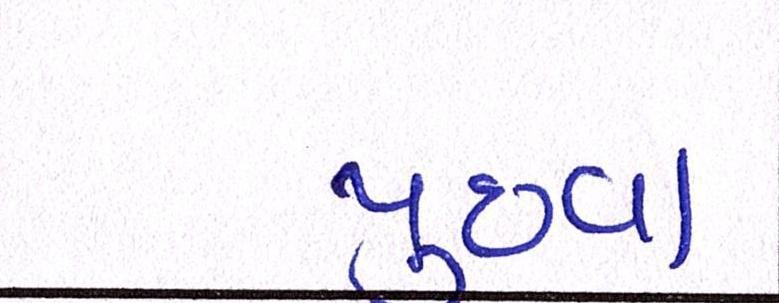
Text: પુછવા